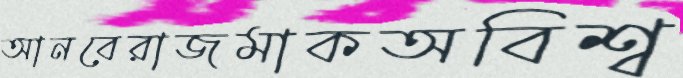
আনবেরাজমাকঅবিশ্ব